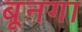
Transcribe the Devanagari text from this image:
बूनगा